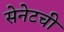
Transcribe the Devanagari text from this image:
सेनेटची